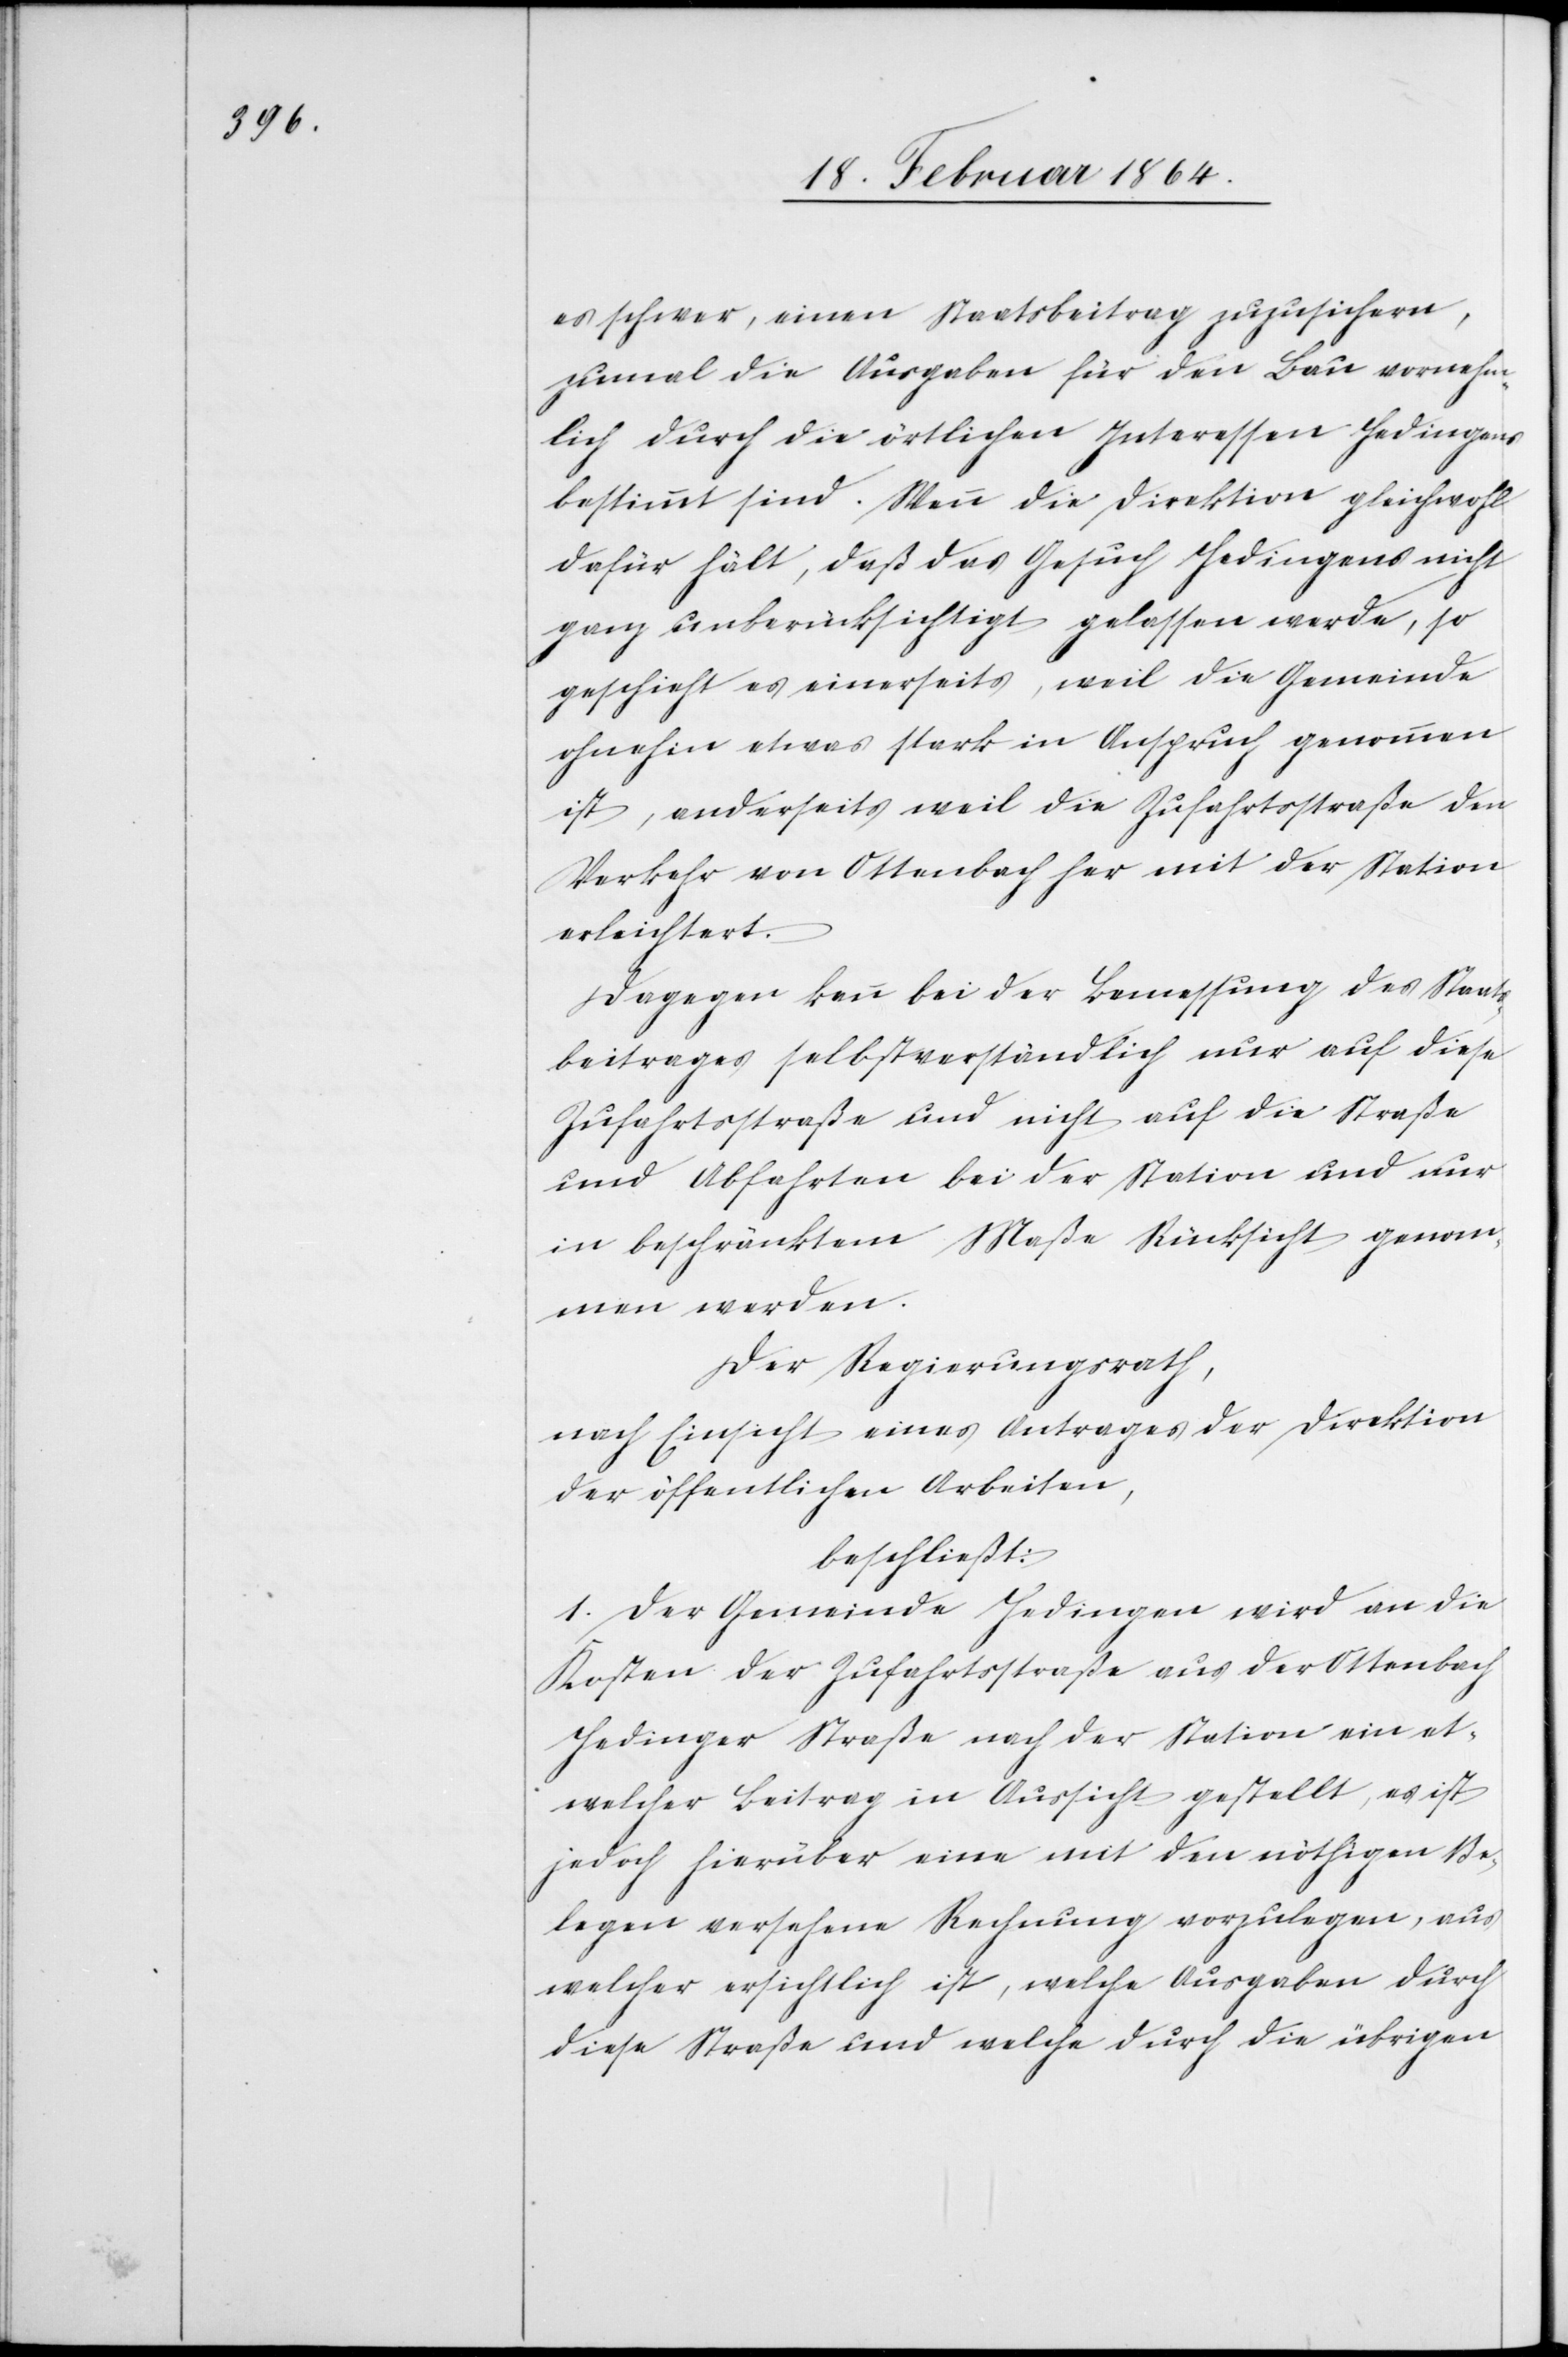
es schwer, einen Staatsbeitrag zuzusichern,
zumal die Ausgaben für den Bau vornehm¬
lich durch die örtlichen Interessen Hedingens
bestimmt sind. Wenn die Direktion gleichwohl
dafür hält, daß das Gesuch Hedingens nicht
ganz unberücksichtigt gelassen werde, so
geschieht es einerseits, weil die Gemeinde
ohnehin etwas stark in Anspruch genommen
ist, anderseits weil die Zufahrtsstraße den
Verkehr von Ottenbach her mit der Station
erleichtert.
Dagegen kann bei der Bemessung des Staats¬
beitrages selbstverständlich nur auf diese
Zufahrtsstraße und nicht auf die Straße
und Abfahrten bei der Station und nur
in beschränktem Maße Rücksicht genom¬
men werden.
Der Regierungsrath,
nach Einsicht eines Antrages der Direktion
der öffentlichen Arbeiten,
beschließt:
1. Der Gemeinde Hedingen wird an die
Kosten der Zufahrtsstraße aus der Ottenbach
Hedinger Straße nach der Station ein et¬
welcher Beitrag in Aussicht gestellt, es ist
jedoch hierüber eine mit den nöthigen Be¬
legen versehene Rechnung vorzulegen, aus
welcher ersichtlich ist, welche Ausgaben durch
diese Straße und welche durch die übrigen